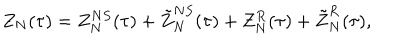
Z _ { N } ( \tau ) = Z _ { N } ^ { N S } ( \tau ) + \tilde { Z } _ { N } ^ { N S } ( \tau ) + Z _ { N } ^ { R } ( \tau ) + \tilde { Z } _ { N } ^ { R } ( \tau ) ,